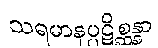
သရမာနပ္ပဋိစ္ဆန္နာ